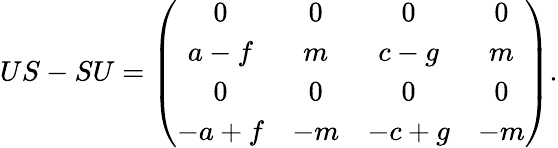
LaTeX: US-SU=\left(\begin{array}{cccc}{{0}}&{{0}}&{{0}}&{{0}}\\ {{a-f}}&{{m}}&{{c-g}}&{{m}}\\ {{0}}&{{0}}&{{0}}&{{0}}\\ {{-a+f}}&{{-m}}&{{-c+g}}&{{-m}}\end{array}\right).